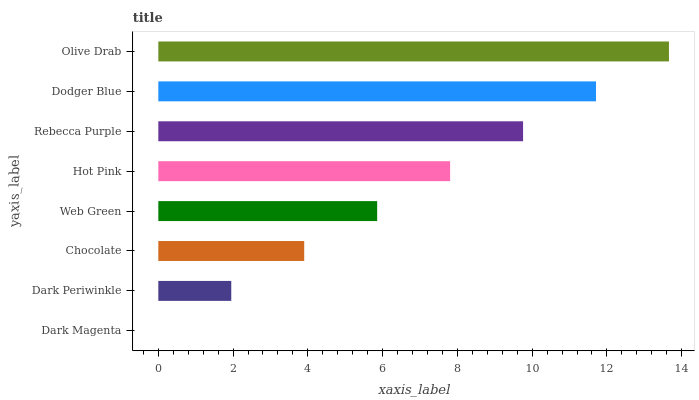
| yaxis_label | bars |
 | --- | --- |
 | Dark Magenta | 0 |
 | Dark Periwinkle | 1.95 |
 | Chocolate | 3.9 |
 | Web Green | 5.85 |
 | Hot Pink | 7.81 |
 | Rebecca Purple | 9.76 |
 | Dodger Blue | 11.7 |
 | Olive Drab | 13.7 |